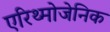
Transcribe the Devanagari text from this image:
एरिथ्मोजेनिक